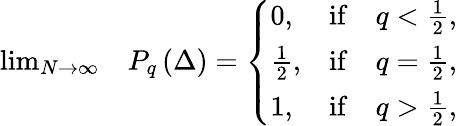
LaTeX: \begin{array}{rl}{\operatorname*{lim}_{N\to\infty}}&{P_{q}\left(\Delta\right)=\left\{ \begin{array}{lcc}{0,}&{\mathrm{if}}&{q<\frac{1}{2},}\\ {\frac{1}{2},}&{\mathrm{if}}&{q=\frac{1}{2},}\\ {1,}&{\mathrm{if}}&{q>\frac{1}{2},}\end{array}\right.}\end{array}